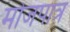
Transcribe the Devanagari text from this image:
मोजपात्र